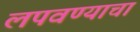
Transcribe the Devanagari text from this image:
लपवण्याचा